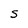
Character: S